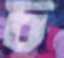
চ